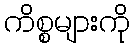
ကိစ္စများကို